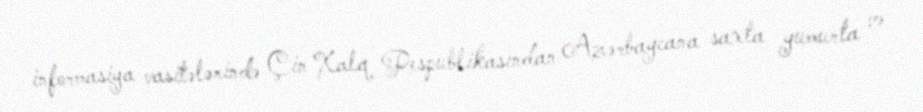
informasiya vasitələrində Çin Xalq Respublikasından Azərbaycana saxta yumurta və